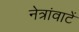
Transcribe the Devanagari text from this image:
नेत्रांवाटें